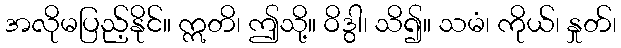
အလိုမပြည့်နိုင်။ ဣတိ၊ ဤသို့။ ဝိဒွါ၊ သိ၍။ သမံ၊ ကိုယ်၊ နှုတ်၊